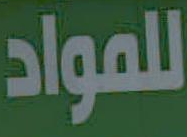
للمواد